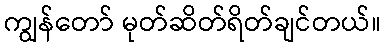
ကျွန်တော် မုတ်ဆိတ်ရိတ်ချင်တယ်။